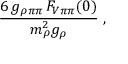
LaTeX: \frac { 6 \, g _ { \rho \pi \pi } \, F _ { V \pi \pi } ( 0 ) } { m _ { \rho } ^ { 2 } g _ { \rho } } \; ,